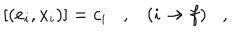
[ ( e _ { i } , x _ { i } ) ] = c _ { i } , ( i \rightarrow f ) ,